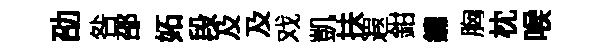
劭咎邵妬段及及戏凱扶遐鉗鑣胸枕喉